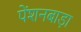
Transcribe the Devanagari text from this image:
पेंशनबाड़ा